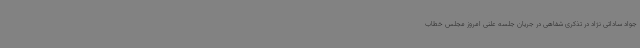
جواد ساداتی نژاد در تذکری شفاهی در جریان جلسه علنی امروز مجلس خطاب